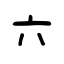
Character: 六